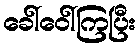
ခေါ်ဝေါ်ကြပြီး